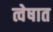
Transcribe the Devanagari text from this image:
त्वेषात